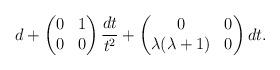
LaTeX: \begin{align*}d + \begin{pmatrix}0 & 1 \\0 & 0 \end{pmatrix} \frac{dt}{t^2} +\begin{pmatrix}0 & 0 \\\lambda(\lambda+1) & 0 \end{pmatrix} dt.\end{align*}